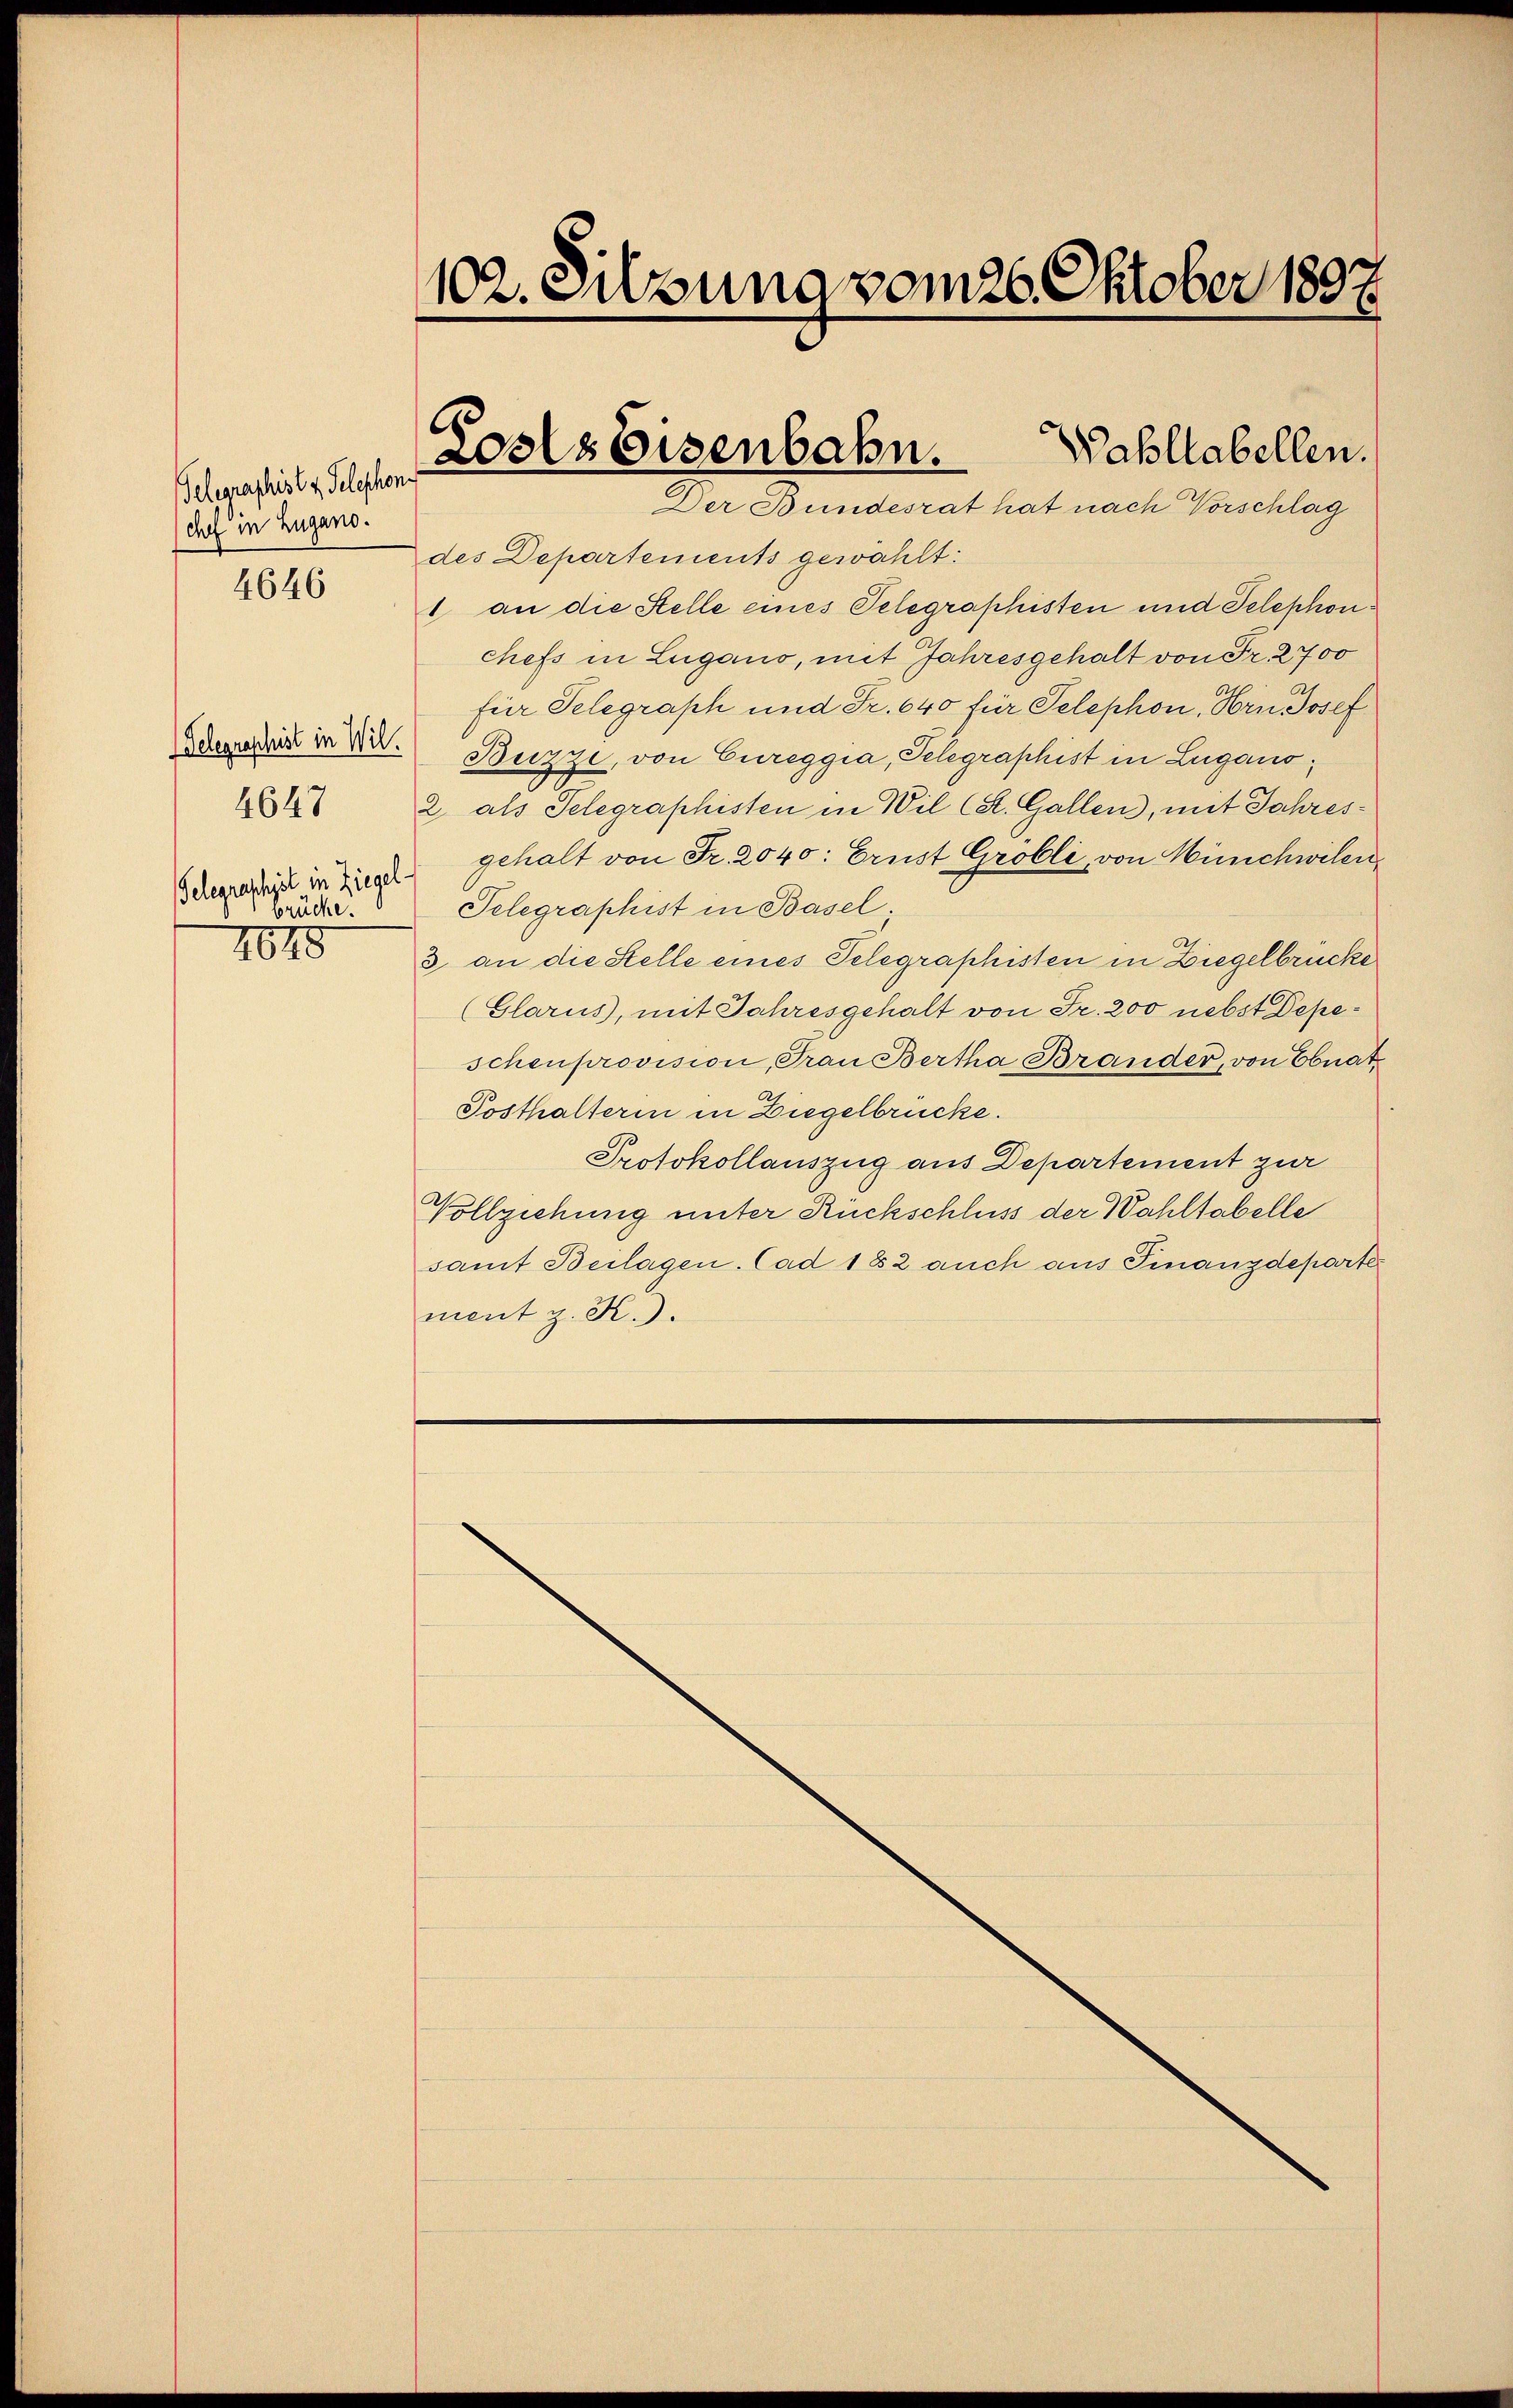
Telegraphist z. Telephon
chef in Zugano.
4646

Telegraphist in Wil
Gelegraschsel in Ziegel-
brücke.

102. Silzung vom 26. Oktober 1897.

des Departements gewählt:
1 an die Stelle eines Telegraphisten und Telephonchefs in Lugano, mit Jahresgehalt von Fr. 2700
für Telegraph und Fr. 640 für Telephon, Hrn Josef
Buzze, von Cureggia, Telegraphist in Lugano,
8 2 als Telegraphisten in Wil (St. Gallen, mit Jahresgehalt von Fr. 2040: Ernst Gröbli, von Münchwilen
Telegraphist in Basel.
 3 an die Stelle eines Telegraphisten in Ziegelbrücke
(Glarus, mit Jahresgehalt von Fr. 200 nebst Depeschenprovision, Frau Bertha Brander, von Ebnat,
Posthalterin in Ziegelbrücke.
Protokollauszug aus Departement zur
Vollziehung unter Rückschluss der Wahltabelle
samt Beilagen. Cad 182 auch aus Finanzdeparter
ment z. K.).

Loses Eisenbahn.
Wahllabellen.
Der Bundesrat hat nach Vorschlag